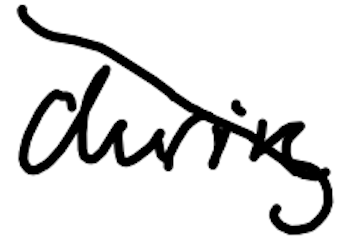
Text: during
Cross-out: diagonal
Writing tool: digital_black